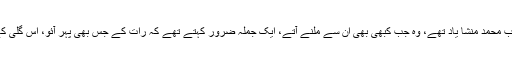
ان کے داماد اُردو ادب کے ایک صاحب طرز ادیب محمد منشا یاد تھے، وہ جب کبھی بھی ان سے ملنے آتے، ایک جملہ ضرور کہتے تھے کہ رات کے جس بھی پہر آئو، اس گلی کے دو مکانوں کی مدہم روشنی جلتی نظر آتی ہے۔